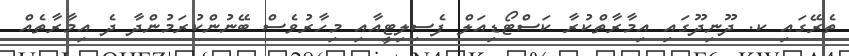
ތެރޭގައި ކ. ދޫނިދޫގައި އިމާރާތްކުރާ ކަސްޓޯޑިއަލް ފެސިލިޓީއާއި މިހާރުވެސް ބޭނުންކުރަމުންދާ ދެ އިމާރާތެއް